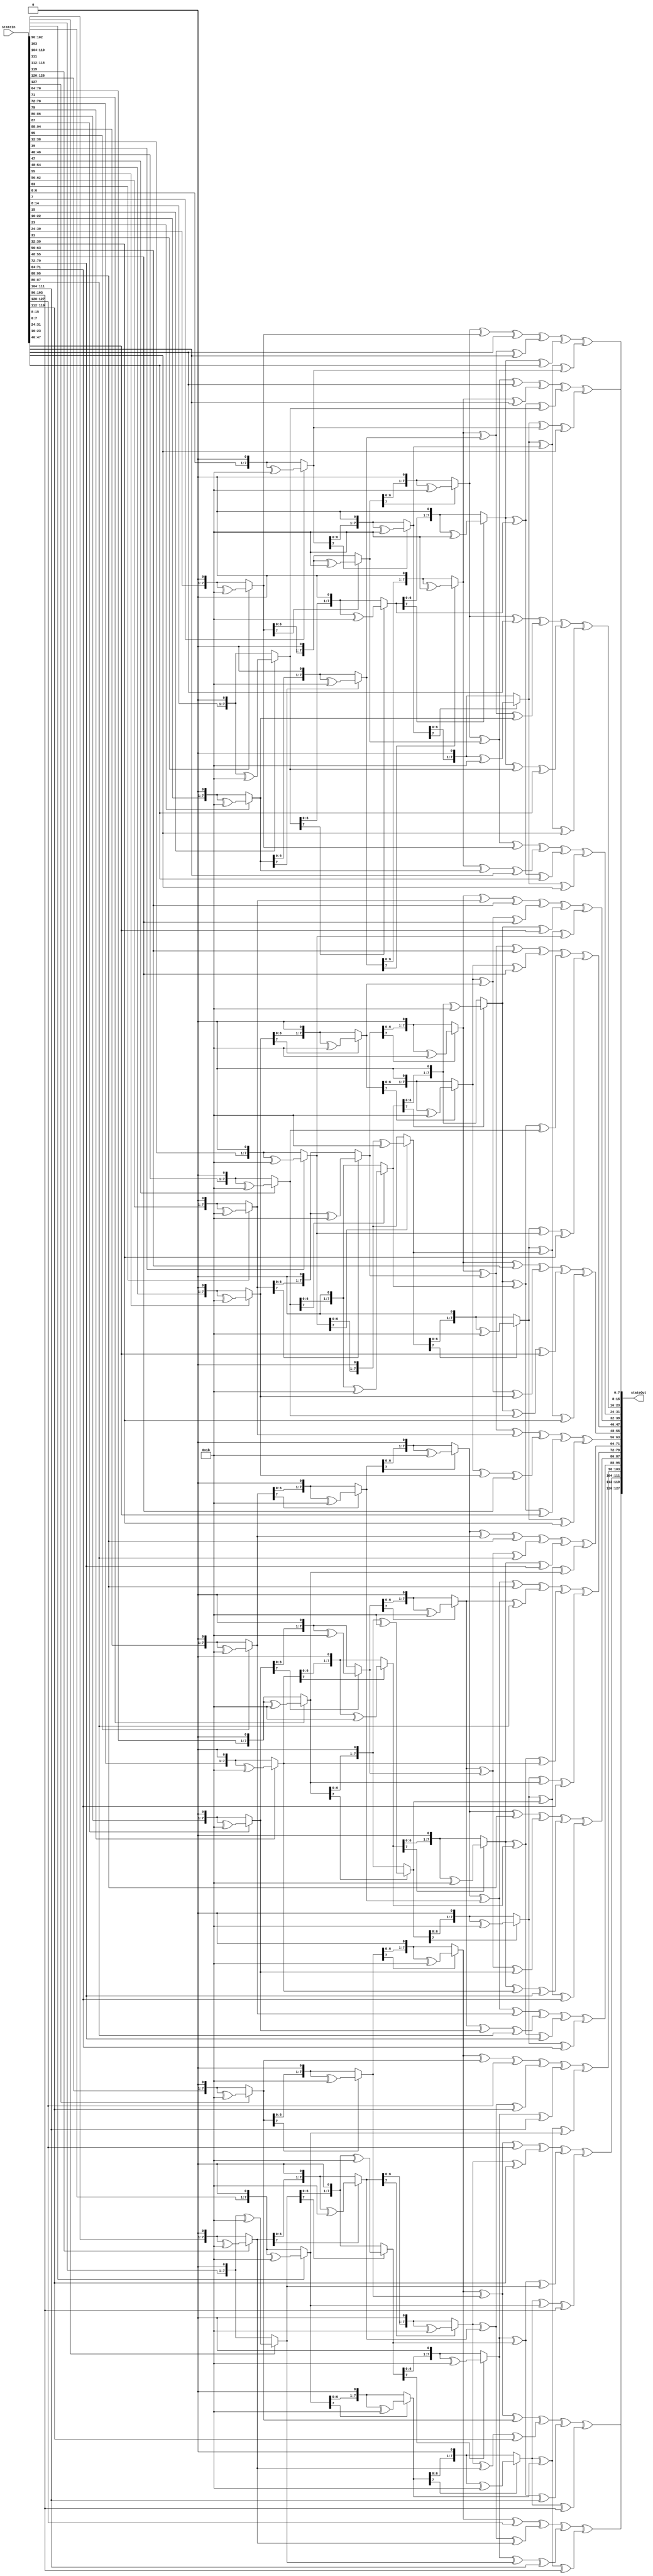
module InverseMixColumns(stateIn,stateOut);
input [127:0] stateIn;
output[127:0] stateOut;

function [7:0] nMultiplyBy2(input [7:0] original,input integer n); //multiplying by 02 n-times
	integer i;
	begin
		for(i=0;i<n;i=i+1) begin
			if(original[7]==1)
			original = ((original<<1)^8'h1b);
		else
			original=(original<<1);
	end
	nMultiplyBy2=original;
end
endfunction

function [7:0] multiplyBy0e;//2*3 ^ 2*2 ^ 2*1 = 8+4+2 = 14 = e
	input [7:0] original;
	begin
		multiplyBy0e = nMultiplyBy2(original,3) ^ nMultiplyBy2(original,2) ^ nMultiplyBy2(original,1);
	end
endfunction 


function [7:0] multiplyBy0d;//2*3 ^ 2*2 ^ 1 = 8+4+1 = 13 = d
	input [7:0] original;
	begin
		multiplyBy0d = nMultiplyBy2(original,3) ^ nMultiplyBy2(original,2) ^ original;
	end
endfunction 


function [7:0] multiplyBy0b;//2*3 ^ 2*1 ^ 1 = 8+2+1 = 11 = b
	input [7:0] original;
	begin
		multiplyBy0b = nMultiplyBy2(original,3) ^ nMultiplyBy2(original,1) ^ original;
	end
endfunction 


function [7:0] multiplyBy09;//2*3 ^ 1 = 8+1 = 9
	input [7:0] original;
	begin
		multiplyBy09 = nMultiplyBy2(original,3) ^ original;
	end
endfunction 


//i=0
	assign stateOut[31:24]= multiplyBy0e(stateIn[31:24]) ^ multiplyBy0b(stateIn[23:16]) ^ multiplyBy0d(stateIn[15:8]) ^ multiplyBy09(stateIn[7:0]);
	assign stateOut[23:16]= multiplyBy09(stateIn[31:24]) ^ multiplyBy0e(stateIn[23:16]) ^ multiplyBy0b(stateIn[15:8]) ^ multiplyBy0d(stateIn[7:0]);
	assign stateOut[15:8]= multiplyBy0d(stateIn[31:24]) ^ multiplyBy09(stateIn[23:16]) ^ multiplyBy0e(stateIn[15:8]) ^ multiplyBy0b(stateIn[7:0]);
	assign stateOut[7:0]= multiplyBy0b(stateIn[31:24]) ^ multiplyBy0d(stateIn[23:16]) ^ multiplyBy09(stateIn[15:8]) ^ multiplyBy0e(stateIn[7:0]);


//i=1
	assign stateOut[63:56]= multiplyBy0e(stateIn[63:56]) ^ multiplyBy0b(stateIn[55:48]) ^ multiplyBy0d(stateIn[47:40]) ^ multiplyBy09(stateIn[39:32]);
	assign stateOut[55:48]= multiplyBy09(stateIn[63:56]) ^ multiplyBy0e(stateIn[55:48]) ^ multiplyBy0b(stateIn[47:40]) ^ multiplyBy0d(stateIn[39:32]);
	assign stateOut[47:40]= multiplyBy0d(stateIn[63:56]) ^ multiplyBy09(stateIn[55:48]) ^ multiplyBy0e(stateIn[47:40]) ^ multiplyBy0b(stateIn[39:32]);
	assign stateOut[39:32]= multiplyBy0b(stateIn[63:56]) ^ multiplyBy0d(stateIn[55:48]) ^ multiplyBy09(stateIn[47:40]) ^ multiplyBy0e(stateIn[39:32]);

//i=2
	assign stateOut[95:88]= multiplyBy0e(stateIn[95:88]) ^ multiplyBy0b(stateIn[87:80]) ^ multiplyBy0d(stateIn[79:72]) ^ multiplyBy09(stateIn[71:64]);
	assign stateOut[87:80]= multiplyBy09(stateIn[95:88]) ^ multiplyBy0e(stateIn[87:80]) ^ multiplyBy0b(stateIn[79:72]) ^ multiplyBy0d(stateIn[71:64]);
	assign stateOut[79:72]= multiplyBy0d(stateIn[95:88]) ^ multiplyBy09(stateIn[87:80]) ^ multiplyBy0e(stateIn[79:72]) ^ multiplyBy0b(stateIn[71:64]);
	assign stateOut[71:64]= multiplyBy0b(stateIn[95:88]) ^ multiplyBy0d(stateIn[87:80]) ^ multiplyBy09(stateIn[79:72]) ^ multiplyBy0e(stateIn[71:64]);

//i=3
	assign stateOut[127:120]= multiplyBy0e(stateIn[127:120]) ^ multiplyBy0b(stateIn[119:112]) ^ multiplyBy0d(stateIn[111:104]) ^ multiplyBy09(stateIn[103:96]);
	assign stateOut[119:112]= multiplyBy09(stateIn[127:120]) ^ multiplyBy0e(stateIn[119:112]) ^ multiplyBy0b(stateIn[111:104]) ^ multiplyBy0d(stateIn[103:96]);
	assign stateOut[111:104]= multiplyBy0d(stateIn[127:120]) ^ multiplyBy09(stateIn[119:112]) ^ multiplyBy0e(stateIn[111:104]) ^ multiplyBy0b(stateIn[103:96]);
	assign stateOut[103:96]= multiplyBy0b(stateIn[127:120]) ^ multiplyBy0d(stateIn[119:112]) ^ multiplyBy09(stateIn[111:104]) ^ multiplyBy0e(stateIn[103:96]);


	

endmodule